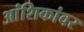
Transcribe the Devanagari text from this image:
आंशिकांवर